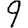
Digit: 9